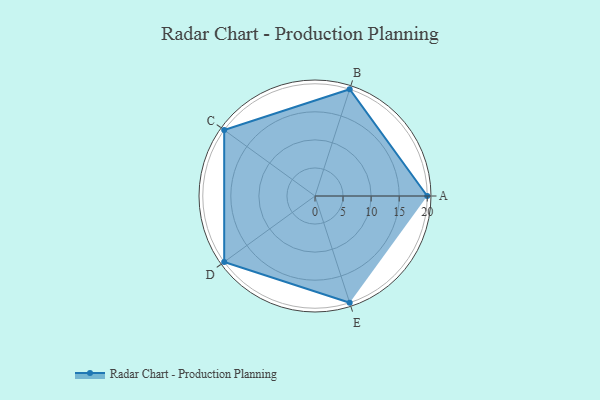
{"axis": {"x": "Skill", "y": "Score"}, "legend": ["Profile"], "data": [{"x": "A", "y": 20, "type": "Profile"}, {"x": "B", "y": 20, "type": "Profile"}, {"x": "C", "y": 20, "type": "Profile"}, {"x": "D", "y": 20, "type": "Profile"}, {"x": "E", "y": 20, "type": "Profile"}]}